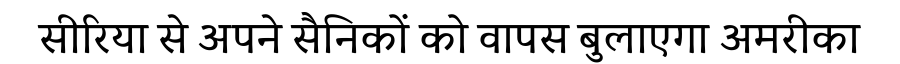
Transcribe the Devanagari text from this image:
सीरिया से अपने सैनिकों को वापस बुलाएगा अमरीका